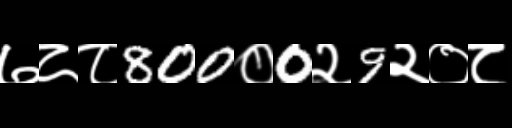
Text: ७८८800०0२9२०८